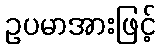
ဥပမာအားဖြင့်